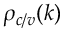
\rho _ { c / v } ( k )